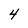
Character: 4